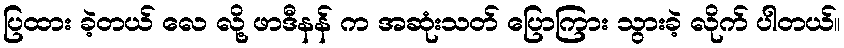
ပြထား ခဲ့တယ် လေ လို့ ဖာဒီနန် က အဆုံးသတ် ပြောကြား သွားခဲ့ လိုက် ပါတယ်။